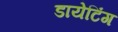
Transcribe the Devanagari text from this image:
डायेटिंग